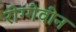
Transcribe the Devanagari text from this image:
रोग्गेवीन